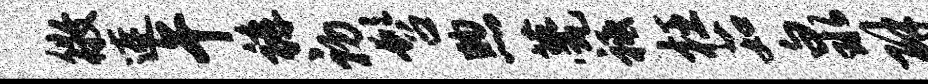
徵连午裤初髫煦甍祗枉茹泉辟